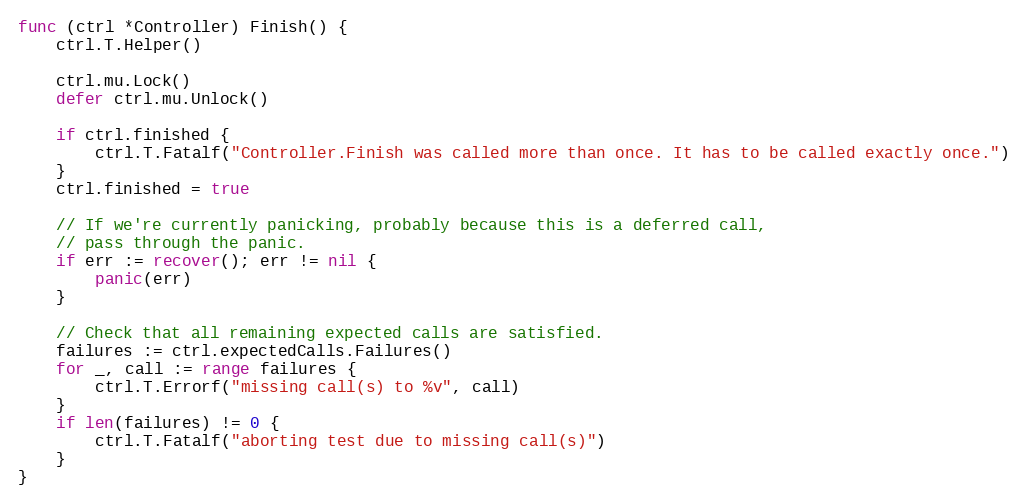
Language: Go
func (ctrl *Controller) Finish() {
	ctrl.T.Helper()

	ctrl.mu.Lock()
	defer ctrl.mu.Unlock()

	if ctrl.finished {
		ctrl.T.Fatalf("Controller.Finish was called more than once. It has to be called exactly once.")
	}
	ctrl.finished = true

	// If we're currently panicking, probably because this is a deferred call,
	// pass through the panic.
	if err := recover(); err != nil {
		panic(err)
	}

	// Check that all remaining expected calls are satisfied.
	failures := ctrl.expectedCalls.Failures()
	for _, call := range failures {
		ctrl.T.Errorf("missing call(s) to %v", call)
	}
	if len(failures) != 0 {
		ctrl.T.Fatalf("aborting test due to missing call(s)")
	}
}